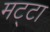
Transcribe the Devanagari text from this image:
मट्टा